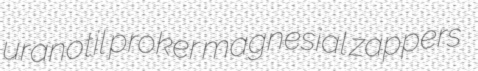
uranotil proker magnesial zappers